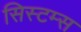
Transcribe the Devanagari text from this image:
सिस्‍टम्स